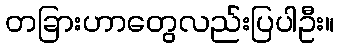
တခြားဟာတွေလည်းပြပါဦး။